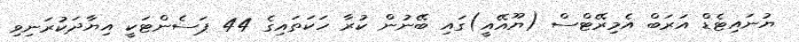
ޔުނައިޓެޑް އަރަބް އެމިރޭޓްސް (ޔޫއޭއީ)ގައި ބޭނުން ކުރާ ހަކަތައިގެ 44 ޕަސެންޓަކީ އިޔާދަކުރަނިވި